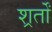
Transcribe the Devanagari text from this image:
शर्र्तों